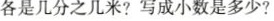
各是几分之几米?写成小数是多少?